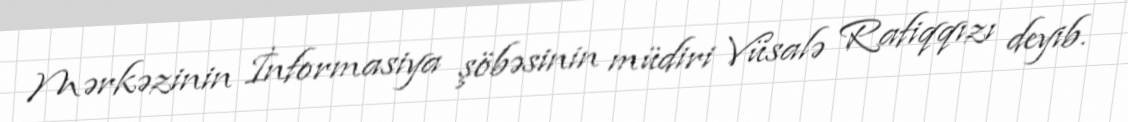
Mərkəzinin İnformasiya şöbəsinin müdiri Vüsalə Rafiqqızı deyib.